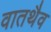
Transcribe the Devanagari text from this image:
वातथैव